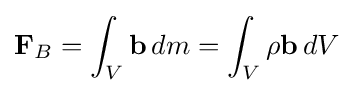
\mathbf {F} _{B}=\int _{V}\mathbf {b} \,dm=\int _{V}\rho \mathbf {b} \,dV